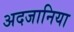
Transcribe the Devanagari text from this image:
अदजानिया